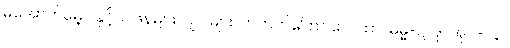
မအောက်မေ့ပါနှင့် ပြုဖန်များလျှင် များလာတတ်ကြောင်း ဂါထာ။ ဓမ္မ-ဋ္ဌ-ဒု-အုပ်-၁၃။